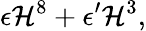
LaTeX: \epsilon{\cal H}^{8}+\epsilon^{\prime}{\cal H}^{3},